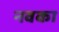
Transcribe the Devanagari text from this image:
नवका